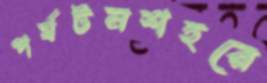
পর্যটনশহরে